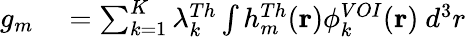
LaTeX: \begin{array}{rl}{g_{m}}&{{}=\sum_{k=1}^{K}\lambda_{k}^{Th}\int h_{m}^{Th}(\mathbf{r})\phi_{k}^{VOI}(\mathbf{r})~d^{3}r}\end{array}